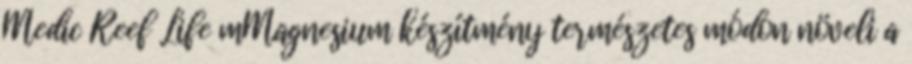
Medic Reef Life mMagnesium készítmény természetes módon növeli a